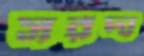
সরদা